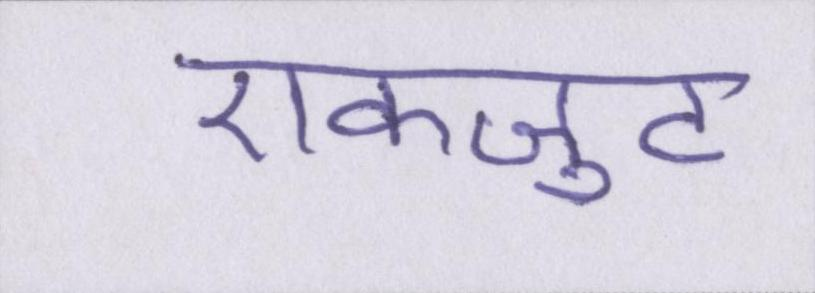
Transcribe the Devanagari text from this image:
एकजुट